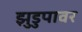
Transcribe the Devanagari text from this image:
झुडुपावर